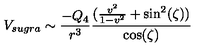
V _ { s u g r a } \sim \frac { - Q _ { 4 } } { r ^ { 3 } } \frac { ( \frac { v ^ { 2 } } { 1 - v ^ { 2 } } + \sin ^ { 2 } ( \zeta ) ) } { \cos ( \zeta ) }